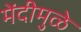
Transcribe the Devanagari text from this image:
मेंदीमुळे